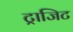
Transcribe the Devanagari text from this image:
ट्राजिट